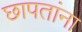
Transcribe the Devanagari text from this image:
छापतांना